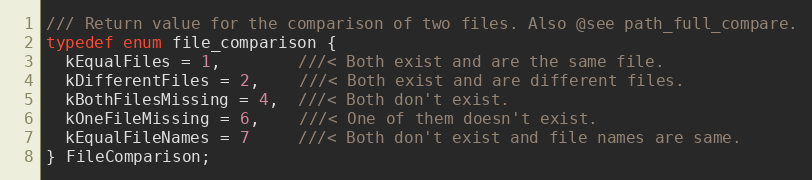
Language: C
/// Return value for the comparison of two files. Also @see path_full_compare.
typedef enum file_comparison {
  kEqualFiles = 1,        ///< Both exist and are the same file.
  kDifferentFiles = 2,    ///< Both exist and are different files.
  kBothFilesMissing = 4,  ///< Both don't exist.
  kOneFileMissing = 6,    ///< One of them doesn't exist.
  kEqualFileNames = 7     ///< Both don't exist and file names are same.
} FileComparison;